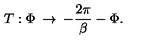
T : \Phi \: \rightarrow \: - \frac { 2 \pi } { \beta } - \Phi .